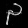
Digit: ၃